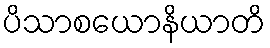
ပိသာစယောနိယာတိ